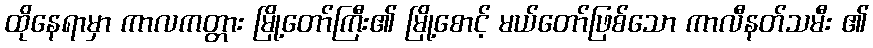
ထိုနေရာမှာ ကာလကတ္တား မြို့တော်ကြီး၏ မြို့စောင့် မယ်တော်ဖြစ်သော ကာလီနတ်သမီး ၏